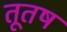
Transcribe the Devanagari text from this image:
तूतष